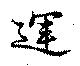
運